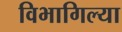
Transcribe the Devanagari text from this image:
विभागिल्या